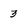
Character: 3